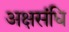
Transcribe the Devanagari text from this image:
अक्षसंधि